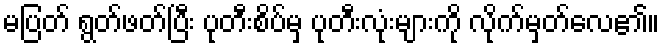
မပြတ် ရွတ်ဖတ်ပြီး ပုတီးစိပ်မှ ပုတီးလုံးများကို လိုက်မှတ်လေ၏။